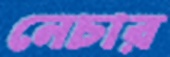
নেচার